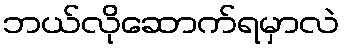
ဘယ်လိုဆောက်ရမှာလဲ